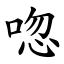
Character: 唿